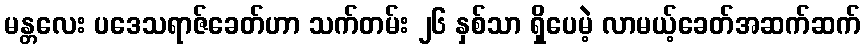
မန္တလေး ပဒေသရာဇ်ခေတ်ဟာ သက်တမ်း ၂၆ နှစ်သာ ရှိပေမဲ့ လာမယ့်ခေတ်အဆက်ဆက်